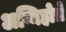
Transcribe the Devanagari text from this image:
अग्निहोत्रे